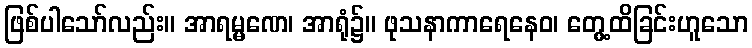
ဖြစ်ပါသော်လည်း။ အာရမ္မဏေ၊ အာရုံ၌။ ဖုသနာကာရေနေဝ၊ တွေ့ထိခြင်းဟူသော